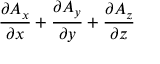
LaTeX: { \frac { \partial A _ { x } } { \partial x } } + { \frac { \partial A _ { y } } { \partial y } } + { \frac { \partial A _ { z } } { \partial z } }